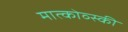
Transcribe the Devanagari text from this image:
मात्कोव्स्की